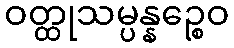
ဝတ္ထုသမ္ပန္နဉ္စေဝ